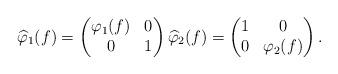
LaTeX: \begin{align*}\widehat{\varphi}_1(f)=\begin{pmatrix}\varphi_1(f) & 0\\0 & 1\end{pmatrix} \widehat{\varphi}_2(f)=\begin{pmatrix}1 & 0\\0 & \varphi_2(f)\end{pmatrix}.\end{align*}